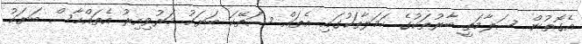
އެގޮތުން ސަލާމަތީ ބާރުތަކުގެ ހަމަލާތަކުގައި އެތައް ސަތޭކަ ބަޔަކު މަރުވިއިރު އެތައްހާސް ބަޔަކު